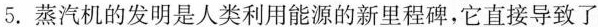
5.蒸汽机的发明是人类利用能源的新里程碑，它直接导致了